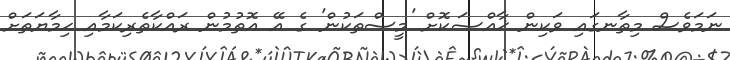
ނަމަވެސް މިތާނގައި ވަކިން ޚާއްޞަކޮށް 'މީސްތަކުން' ގެ އޭ އޮތުމުން ރައްކާތެރިކަމާއި ޙިމާޔަތަށް